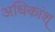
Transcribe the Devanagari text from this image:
अधिकांश्